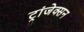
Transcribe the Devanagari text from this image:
ट्रांजेक्सन